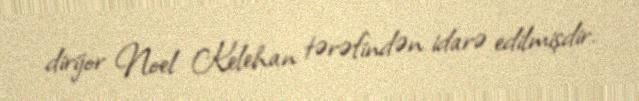
dirijor Noel Kelehan tərəfindən idarə edilmişdir.